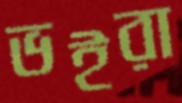
ভইরা